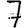
Digit: 7